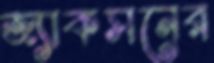
জ্যাকসনের